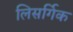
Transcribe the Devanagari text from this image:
लिसर्गिक